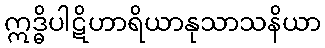
ဣဒ္ဓိပါဋိဟာရိယာနုသာသနိယာ